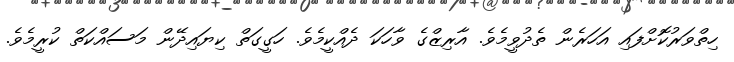
ހިތްވަރުކޮށްފައި އަހަރެން ތެދުވީމެވެ. އާރިޒްގެ ވާހަކަ ދެއްކީމެވެ. ހަގީގަތް ކިޔައިދޭން މަސައްކަތް ކުރީމެވެ.